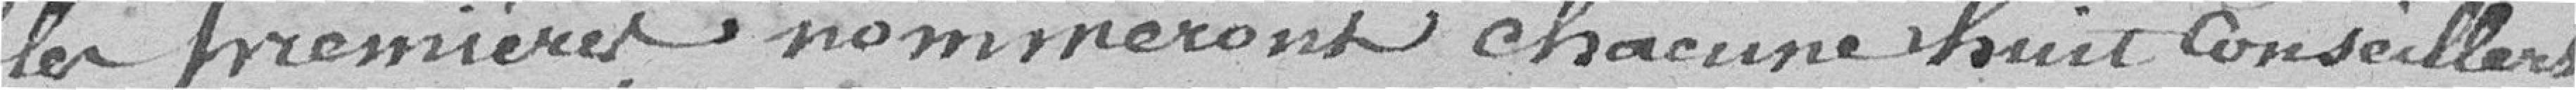
les premières nommeront chacune huit conseillers